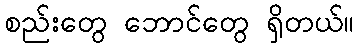
စည်းတွေ ဘောင်တွေ ရှိတယ်။